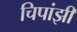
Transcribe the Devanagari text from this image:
चिपांझी